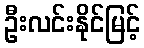
ဦးလင်းနိုင်မြင့်